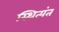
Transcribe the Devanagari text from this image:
स्थित्यंत